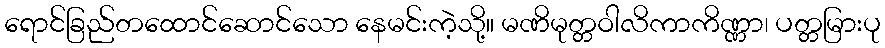
ရောင်ခြည်တထောင်ဆောင်သော နေမင်းကဲ့သို့။ မဏိမုတ္တဝါလိကာကိဏ္ဏာ၊ ပတ္တမြားပု